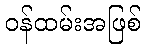
ဝန်ထမ်းအဖြစ်